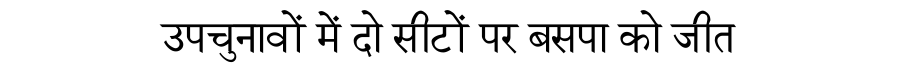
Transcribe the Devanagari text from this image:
उपचुनावों में दो सीटों पर बसपा को जीत